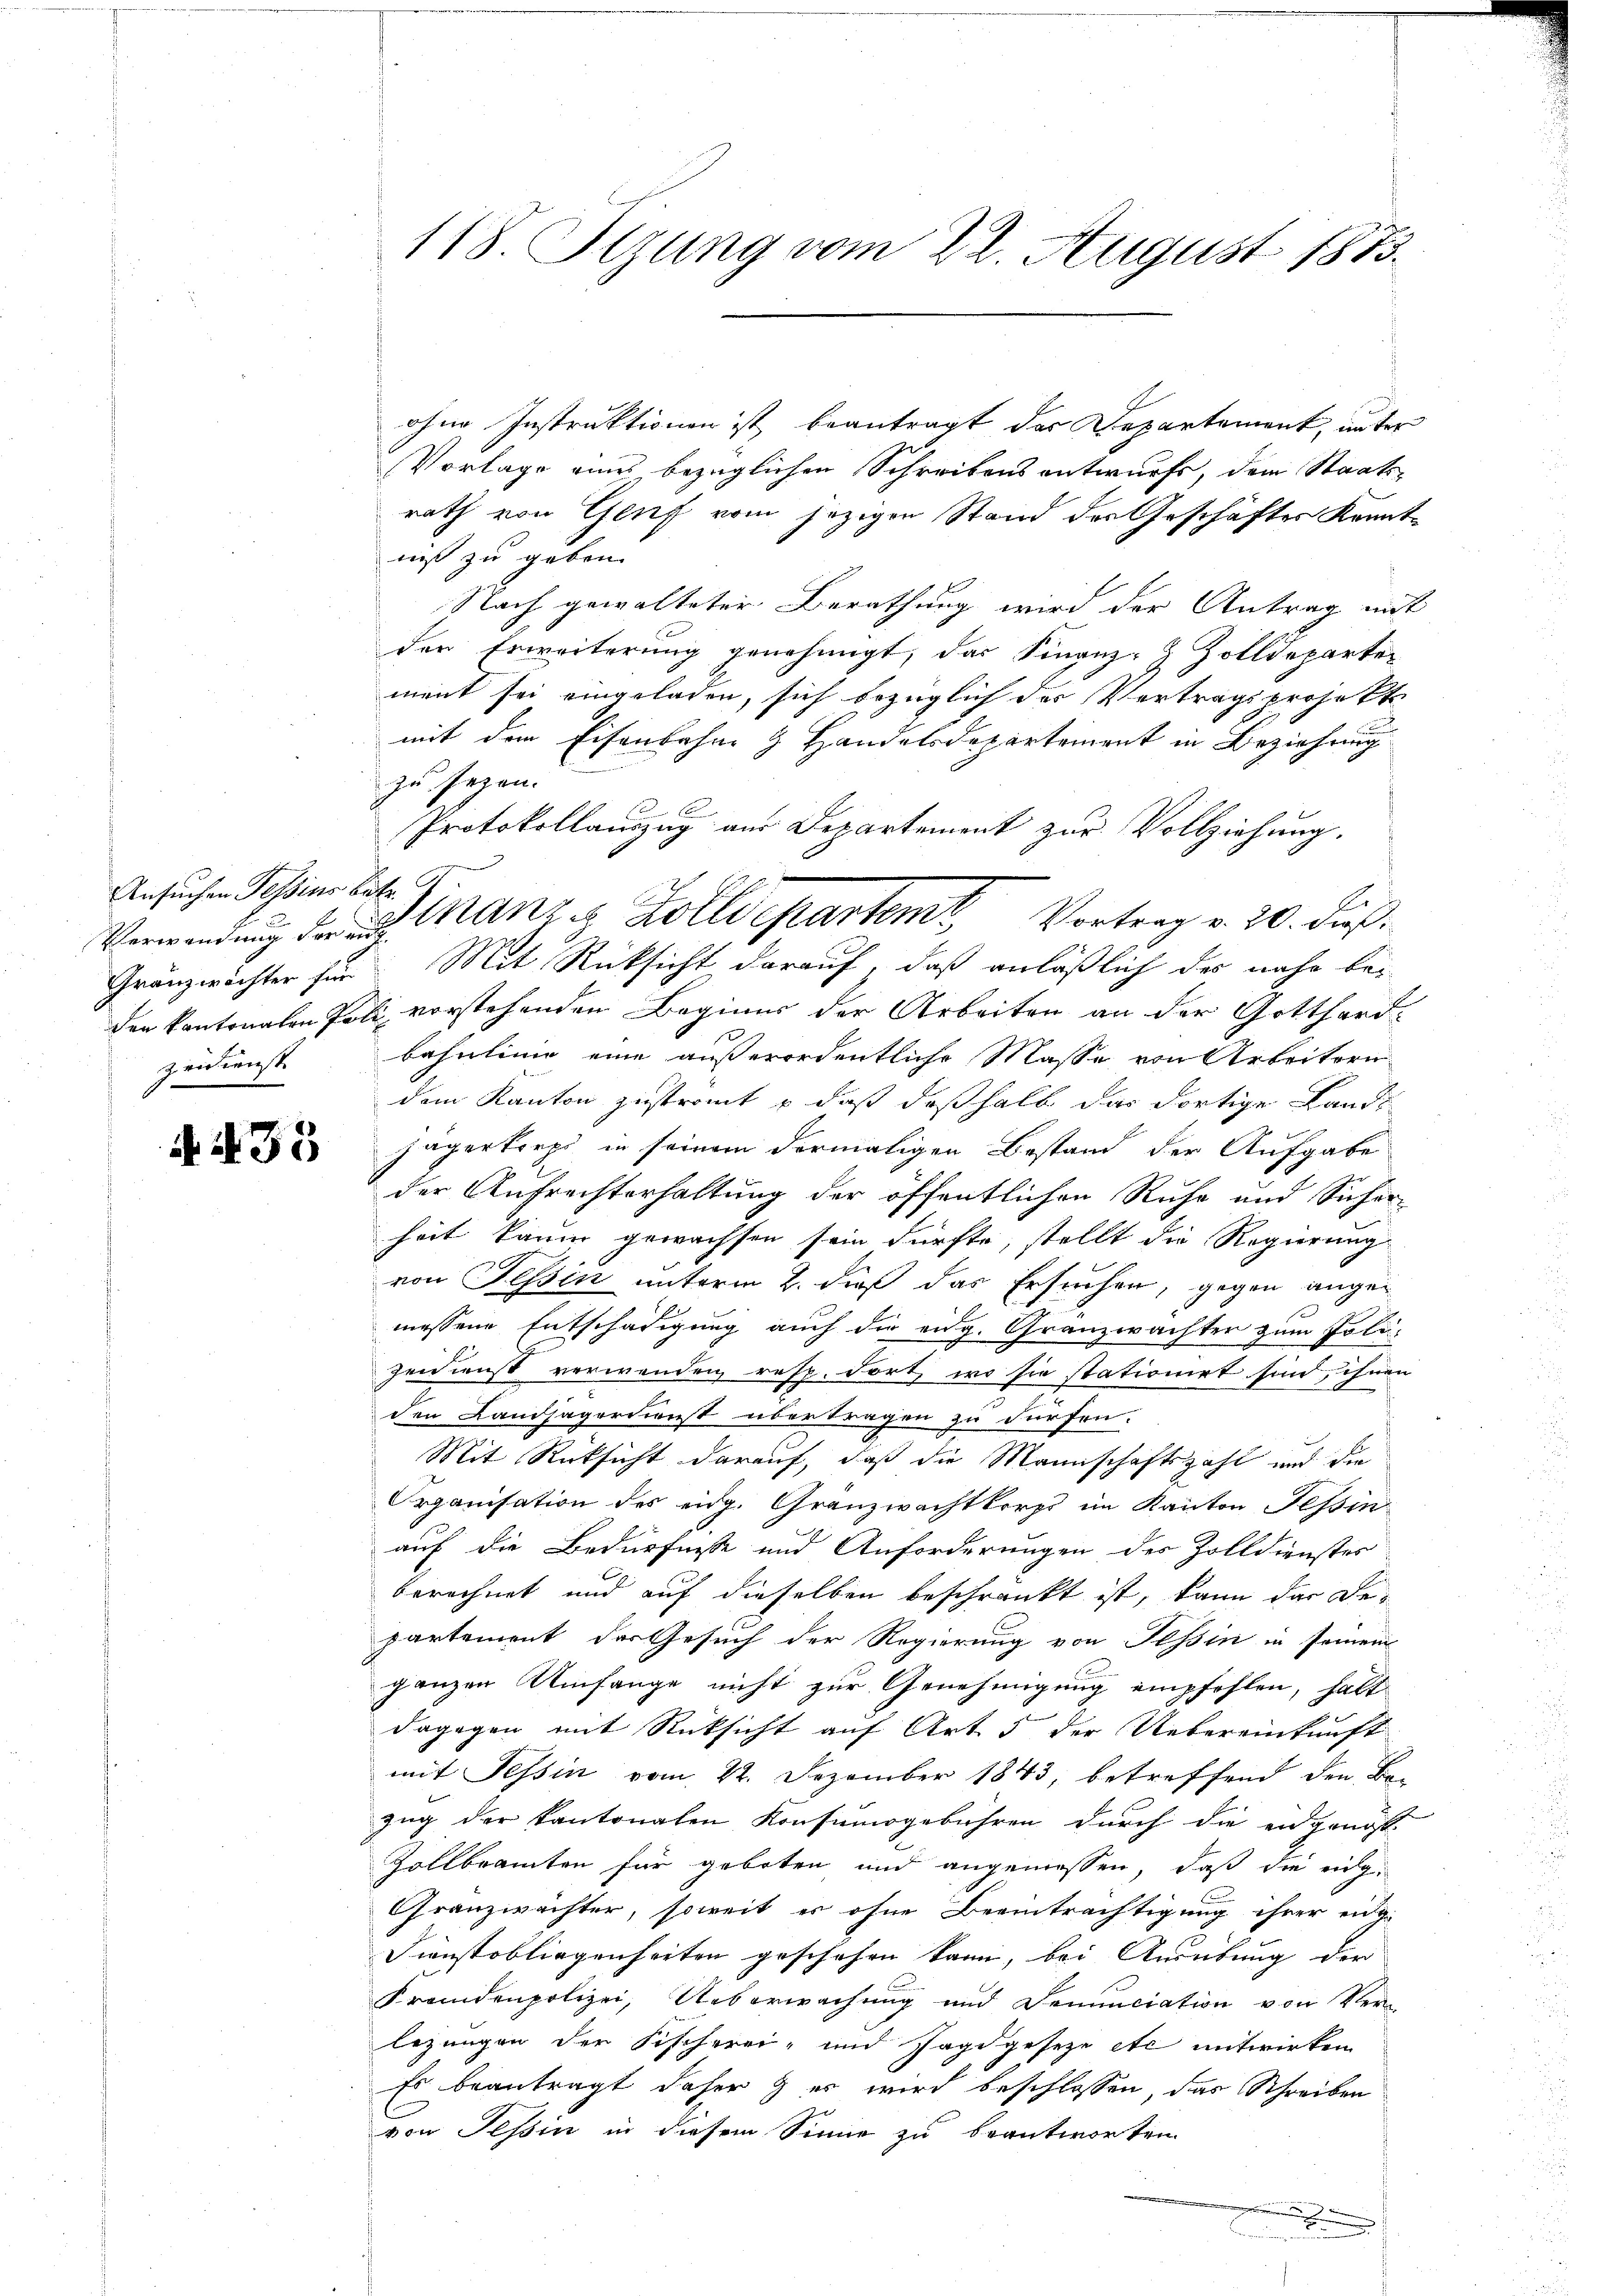
Ansuchen Tessins betr. G
zeidienst |

A. S. 35

118 Tizung vom 22. August 1873.

ohne Instruktionen ist, beantragt das Departement, unter
Vorlage eines bezüglichen Schreibens antwurfs, dem Staats-
rath von Genf vom jezigen Stand der Geschäftes Konntniß zu geben.
Nach gewalteter Berathung wird der Antrag mit
den Erweiterung genehmigt, das Finanz-Zolldeparten
ment sei eingeladen, sich bezüglich der Vertragsprojekt
mit dem Eisenbahne & Handelsdepartement in Beziehung
zu seyen.
Protokollauszug aus Departement zur Vollziehung.
Granzwichter für Mit Rücksicht darauf, daß anläßlich des nahe bei
der kantonalen Poli vorstehenden Beginus der Arbeiten an der Gotthard-
bahnlinie eine außerordentliche Masse von Arbeitern
dem Kanton zustromt – daß deßhalb das dortige Lands
sägerkorps in seinem dermaligen Bestand der Aufgabe
der Aufrechterhaltung der öffentlichen Ruhe und Sicher-
heit kaum gewachsen sein dürfte, stellt die Regierung
von Tessin unterm 2. dieß das Ersuchen, gegen angemessene Entschädigung auch die eidg. Gränzwachter zum Poli-
zeidienst verwenden resp. dort, wo sie stationirt sind, ihnen
den Landjägerdienst übertragen zu dürfen.
Mit Rücksicht darauf, daß die Mannschaftszahl und die
Organisation des eidg. Granzwachtkorps im Kanton Tessin
auf die Bedürfnisse und Anforderungen des Zolldienstes
berechnet und auf dieselben beschränkt ist, kann das Departement der Gesuch der Regierung von Tessin in seinem
ganzen Umfange nicht zur Genehmigung empfohlen, halt
dagegen mit Rücksicht auf Art. 5 der Uebereinkunft
mit Tessin vom 22. Dezember 1843, betreffend den Be-
zug der kantonalen Konsumsgebühren durch die eidgenös-
Zollbeamten für geboten und angemessen, daß die eig¬
Granzwächter, soweit es ohne Beeinträchtigung ihrer eng
Dienstobliegenheiten geschehen kann, bei Ausübung der
Fremdenpolizei, Ueberwachung und Denunciation von Verlegungen der Fischerei- und Jagdgesetze etc mitwirken
Es beantragt daher & er wird beschlossen, das Schreiben
von Tessin in diesem Sinne zu beantworten.
.
s

Verwendung der 2. Man Zolldepartemt Vortrag v. 20. Fuß.